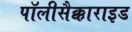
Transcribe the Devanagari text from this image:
पॉलीसैक्काराइड